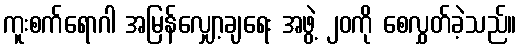
ကူးစက်ရောဂါ အမြန်လျှော့ချရေး အဖွဲ့ ၂၀ကို စေလွှတ်ခဲ့သည်။